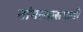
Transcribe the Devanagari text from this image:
नांगरवासगावी